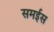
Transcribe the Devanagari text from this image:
समईस